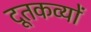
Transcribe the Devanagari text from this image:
दूतकव्यों